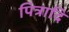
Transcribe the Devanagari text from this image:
पित्रादि